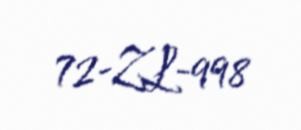
72-ZL-998